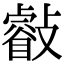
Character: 㪫